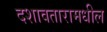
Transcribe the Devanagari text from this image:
दशावतारामधील